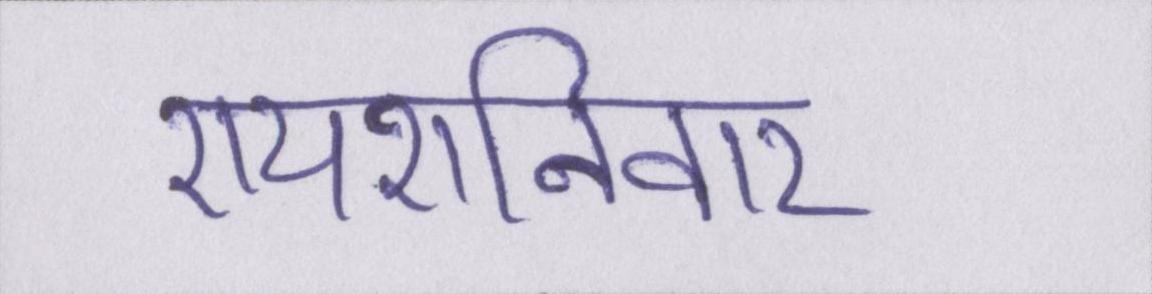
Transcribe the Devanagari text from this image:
रायशनिवार